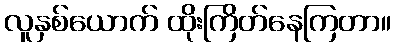
လူနှစ်ယောက် ထိုးကြိတ်နေကြတာ။